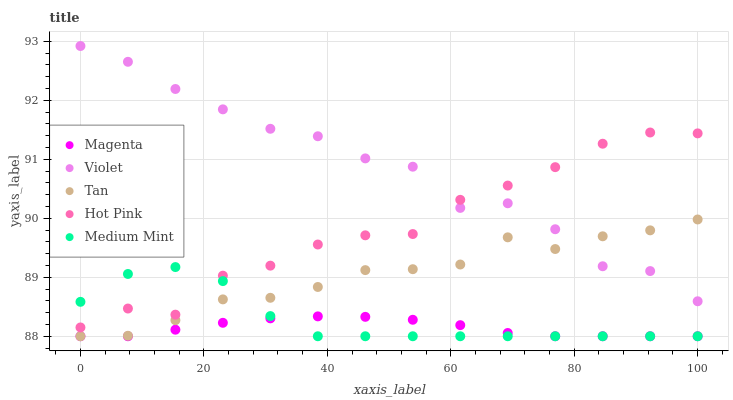
| xaxis_label | Magenta | Violet | Tan | Hot Pink | Medium Mint |
 | --- | --- | --- | --- | --- | --- |
 | 0 | 88 | 92.9 | 88 | 88.1 | 88.6 |
 | 7.69 | 88 | 92.7 | 88 | 88.5 | 89.1 |
 | 15.4 | 88.1 | 92.2 | 88.3 | 88.4 | 89.2 |
 | 23.1 | 88.2 | 91.8 | 88.6 | 89 | 88.9 |
 | 30.8 | 88.3 | 91.5 | 88.7 | 89.2 | 88.3 |
 | 38.5 | 88.3 | 91.4 | 88.8 | 89.6 | 88 |
 | 46.2 | 88.3 | 91 | 89.1 | 89.7 | 88 |
 | 53.8 | 88.3 | 90.9 | 89.1 | 89.7 | 88 |
 | 61.5 | 88.2 | 90.2 | 89.2 | 90.3 | 88 |
 | 69.2 | 88.1 | 90.3 | 89.7 | 90.6 | 88 |
 | 76.9 | 88 | 89.8 | 89.5 | 90.9 | 88 |
 | 84.6 | 88 | 89.2 | 89.7 | 91.3 | 88 |
 | 92.3 | 88 | 89.1 | 89.8 | 91.5 | 88 |
 | 100 | 88 | 88.6 | 90 | 91.4 | 88 |